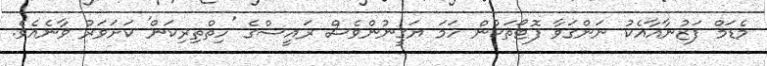
މެޑަމް ފަޒުނާއާއެކު ނަންގަވާ ފޮޓޯތަކުން ހަމަ ޔަގީނުންވެސް ރައީސްގެ 'ހިތްތިރިކަން' ކަށަވަރު ވާނެއެވެ.